Civil Veterinary Dept. North-West Frontier Province 1933-46 - 1933-1946
Year: 1933
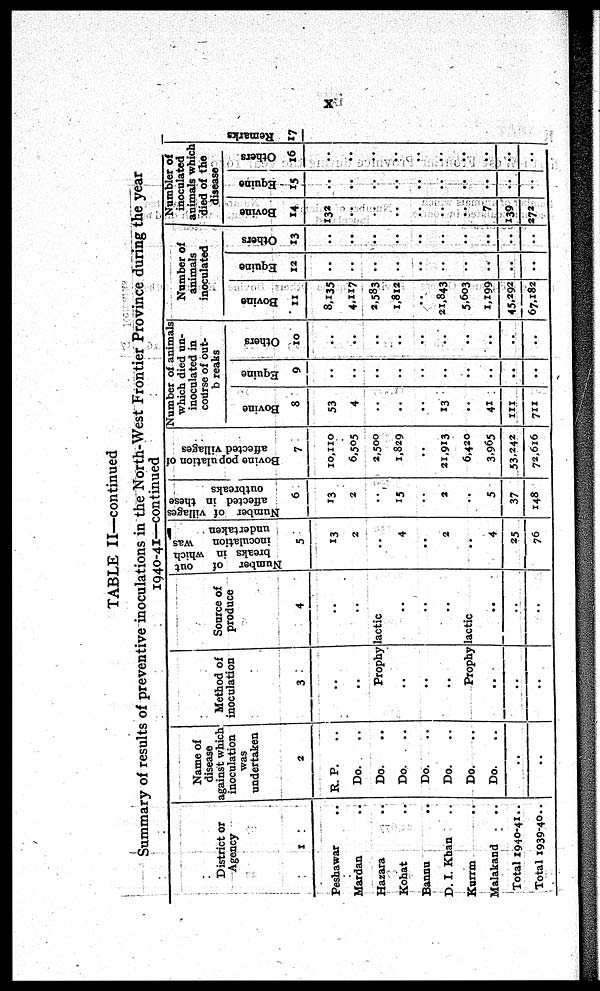
x
TABLE II—continued
Summary of results of preventive inoculations in the North-West Frontier Province during the year
1040-41—continued
District or
Agency
1
Peshawar ..
Mardan ..
Hazara ..
Kohat ..
Bannu ..
D. I. Khan ..
Kurrm ..
Malakand ..
Total 1940-41 ..
Total 1939-40 ..
Name of
disease
against which
inoculation
was
undertaken
2
R. P. ..
Do. ..
Do. ..
Do. ..
Do. ..
Do. ..
Do. ..
Do. ..
..
..
Method of
inoculation
3
..
..
Source of
produce
4
..
..
Prophylactic
..
..
..
..
..
..
Prophylactic
..
..
..
..
..
..
Number of
out
breaks in which
inoculation
was
undertaken
5
13
2
..
4
..
2
..
4
25
76
Number of villages
affected in these
outbreaks
6
13
2
..
15
..
2
..
5
37
148
Bovine population of
affected villages
7
10,110
6,505
2,500
1,829
..
21,913
6,420
3,965
53,242
72,616
Number of animals
which died un-
inoculated in
course of out-
b reaks
Bovine
8
53
4
..
..
..
13
..
41
111
711
Equine
9
..
..
..
..
..
..
..
..
..
..
Others
10
..
..
..
..
..
..
..
..
..
..
Number of
animals
inoculated
Bovine
11
8,135
4,117
2,583
1,812
..
21,843
5,603
1,199
45,292
67,182
Equine
12
..
..
..
..
..
..
..
..
..
..
Others
13
..
..
..
..
..
..
..
..
..
..
Numbler of
inoculated
animals which
died of the
disease
Bovine
14
132
..
..
..
..
..
..
7
139
272
Equine
15
..
..
..
..
..
..
..
..
..
..
Others
16
..
..
..
..
..
..
..
..
..
..
Re ma r
ks
17